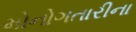
મોનોગતારીના